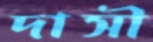
দাসী